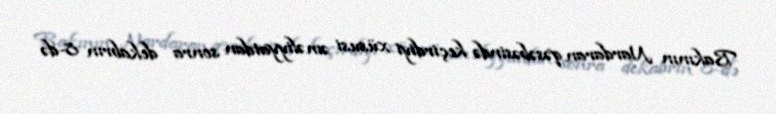
Bakının Nardaran qəsəbəsində keçirdiyi xüsusi əməliyyatdan sonra dekabrın 8-də